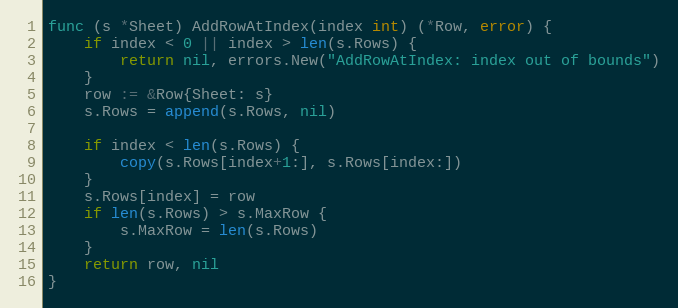
Language: Go
func (s *Sheet) AddRowAtIndex(index int) (*Row, error) {
	if index < 0 || index > len(s.Rows) {
		return nil, errors.New("AddRowAtIndex: index out of bounds")
	}
	row := &Row{Sheet: s}
	s.Rows = append(s.Rows, nil)

	if index < len(s.Rows) {
		copy(s.Rows[index+1:], s.Rows[index:])
	}
	s.Rows[index] = row
	if len(s.Rows) > s.MaxRow {
		s.MaxRow = len(s.Rows)
	}
	return row, nil
}